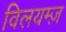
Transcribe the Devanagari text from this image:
विलयम्ज़